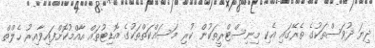
ދިޔަ ދުވަސްތަކުގެ ތެރޭގައި އެކި މިނިސްޓްރީތަކުން ކުރި މަސައްކަތްތަކުގެ އޮޑިޓުތައް އާއްމުކޮށްފައިވާއިރު ހެލްތް